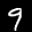
Label: 9